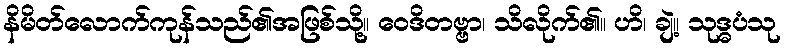
နိမိတ်လောက်ကုန်သည်၏အဖြစ်သို့။ ဝေဒိတဗ္ဗာ၊ သိလိုက်၏။ ဟိ၊ ချဲ့။ သုဒ္ဓပံသု